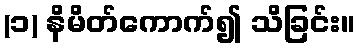
(၁) နိမိတ်ကောက်၍ သိခြင်း။